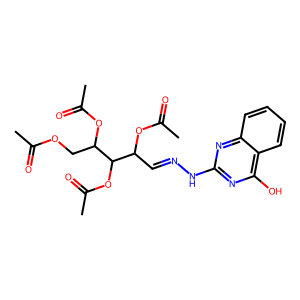
SMILES: CC(=O)OCC(OC(C)=O)C(OC(C)=O)C(C=NNc1nc(O)c2ccccc2n1)OC(C)=O
Inhibits HIV replication: No